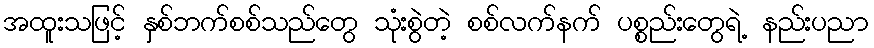
အထူးသဖြင့် နှစ်ဘက်စစ်သည်တွေ သုံးစွဲတဲ့ စစ်လက်နက် ပစ္စည်းတွေရဲ့ နည်းပညာ